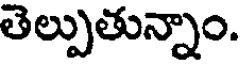
తెల్పుతున్నాం.